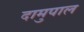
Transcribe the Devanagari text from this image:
दामुपाल